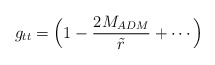
\begin{align*}g_{tt} = \Big(1 - {2M_{ADM}\over \tilde r} +\cdots \Big)\end{align*}